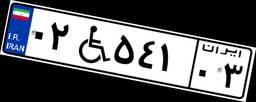
۷۰W۸۹۳۵۷